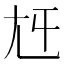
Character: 𡯍